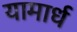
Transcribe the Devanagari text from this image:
यामार्ध